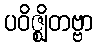
ပဝိဇ္ဈိတဗ္ဗာ